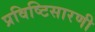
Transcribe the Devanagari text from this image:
प्रविष्टिसारणी